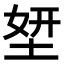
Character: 𡌎